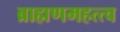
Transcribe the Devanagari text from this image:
ब्राह्मणमहत्त्व